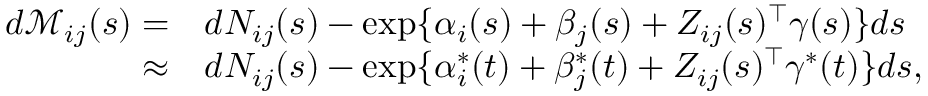
\begin{array} { r l } { d \mathcal { M } _ { i j } ( s ) = } & { d N _ { i j } ( s ) - \exp \{ \alpha _ { i } ( s ) + \beta _ { j } ( s ) + Z _ { i j } ( s ) ^ { \top } \gamma ( s ) \} d s } \\ { \approx } & { d N _ { i j } ( s ) - \exp \{ \alpha _ { i } ^ { * } ( t ) + \beta _ { j } ^ { * } ( t ) + Z _ { i j } ( s ) ^ { \top } \gamma ^ { * } ( t ) \} d s , } \end{array}